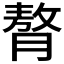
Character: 𮌳